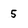
Character: 5